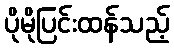
ပိုမိုပြင်းထန်သည့်